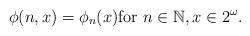
LaTeX: \begin{align*}\phi(n,x) = \phi_n(x)\mbox{for } n\in\mathbb{N}, x\in 2^\omega.\end{align*}